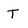
Character: T